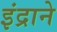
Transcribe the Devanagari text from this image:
इंद्राने